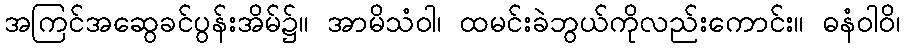
အကြင်အဆွေခင်ပွန်းအိမ်၌။ အာမိသံဝါ၊ ထမင်းခဲဘွယ်ကိုလည်းကောင်း။ ဓနံဝါဝိ၊